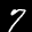
Label: 7